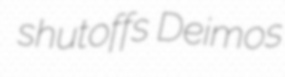
shutoffs Deimos